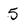
Character: 5